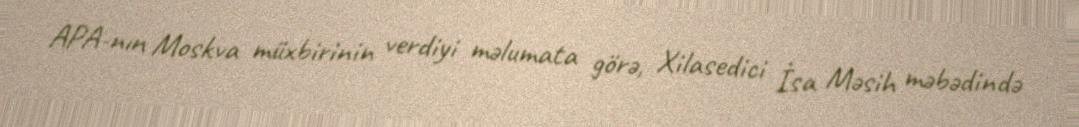
APA-nın Moskva müxbirinin verdiyi məlumata görə, Xilasedici İsa Məsih məbədində